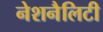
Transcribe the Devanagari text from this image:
नेशनैलिटी